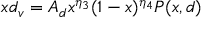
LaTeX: x d _ { v } = A _ { d } x ^ { \eta _ { 3 } } ( 1 - x ) ^ { \eta _ { 4 } } P ( x , d )